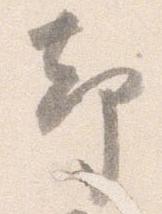
却